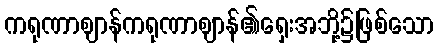
ကရုဏာဈာန်ကရုဏာဈာန်၏ရှေးအဘို့၌ဖြစ်သော